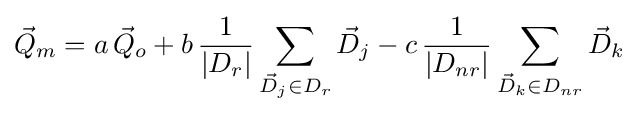
{\vec {Q}}_{m}=a\,{\vec {Q}}_{o}+b\,{\frac {1}{|D_{r}|}}\sum _{{\vec {D}}_{j}\in D_{r}}{\vec {D}}_{j}-c\,{\frac {1}{|D_{nr}|}}\sum _{{\vec {D}}_{k}\in D_{nr}}{\vec {D}}_{k}